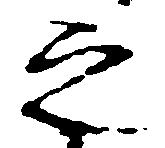
之